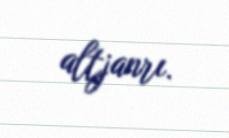
altjanrı.